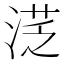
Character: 㴀